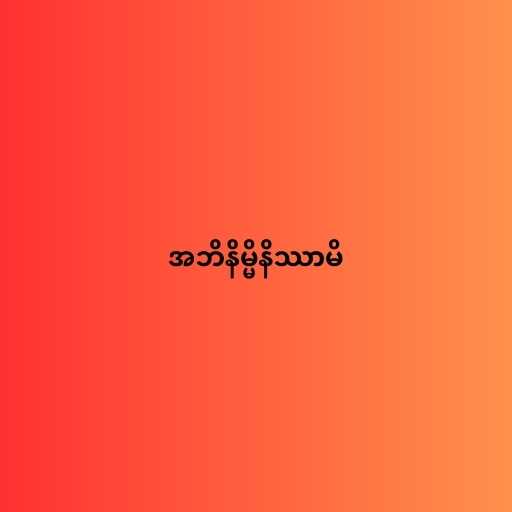
အဘိနိမ္မိနိဿာမိ